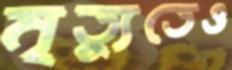
মৃত্যুতেও